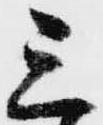
三